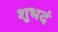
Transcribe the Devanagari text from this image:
शुभदं